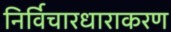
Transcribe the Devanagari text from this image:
निर्विचारधाराकरण